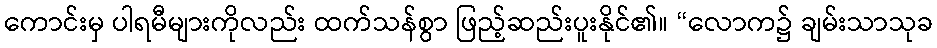
ကောင်းမှ ပါရမီများကိုလည်း ထက်သန်စွာ ဖြည့်ဆည်းပူးနိုင်၏။ “လောက၌ ချမ်းသာသုခ